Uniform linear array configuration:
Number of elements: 24
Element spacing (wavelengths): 0.5
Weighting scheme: hamming
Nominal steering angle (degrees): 30
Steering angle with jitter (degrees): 29.389
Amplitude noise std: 0.05
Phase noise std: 0.05

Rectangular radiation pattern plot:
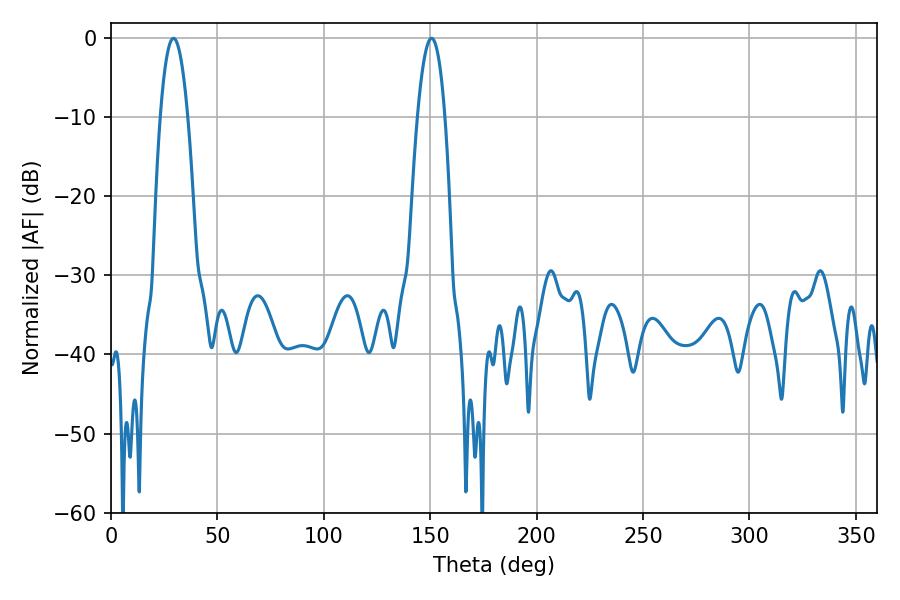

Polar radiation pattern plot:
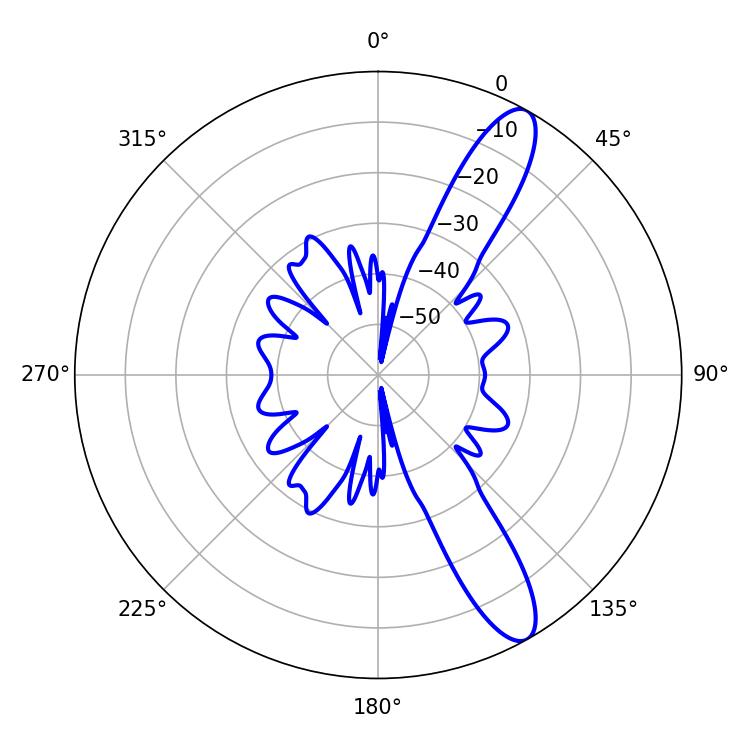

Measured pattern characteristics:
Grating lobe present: FALSE
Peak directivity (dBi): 11.811
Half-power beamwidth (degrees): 7.02
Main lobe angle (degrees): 29.34